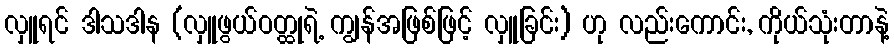
လှူရင် ဒါသဒါန (လှူဖွယ်ဝတ္ထုရဲ့ ကျွန်အဖြစ်ဖြင့် လှူခြင်း) ဟု လည်းကောင်း, ကိုယ်သုံးတာနဲ့